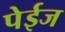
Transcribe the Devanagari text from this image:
पेईज